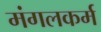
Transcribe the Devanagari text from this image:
मंगलकर्म